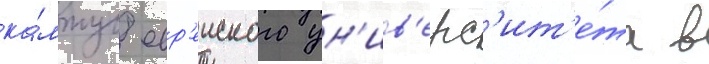
ка́мпус евр'еиского ун'ив'ерс'ит'е́та в